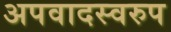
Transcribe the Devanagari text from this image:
अपवादस्वरुप